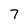
Character: 7